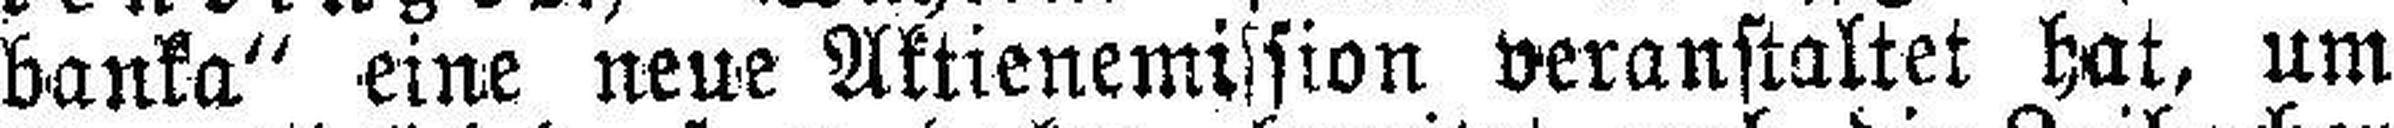
banka“ eine neue Aktienemission veranstaltet hat, um